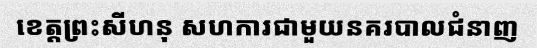
ខេត្តព្រះសីហនុ សហការជាមួយនគរបាលជំនាញ